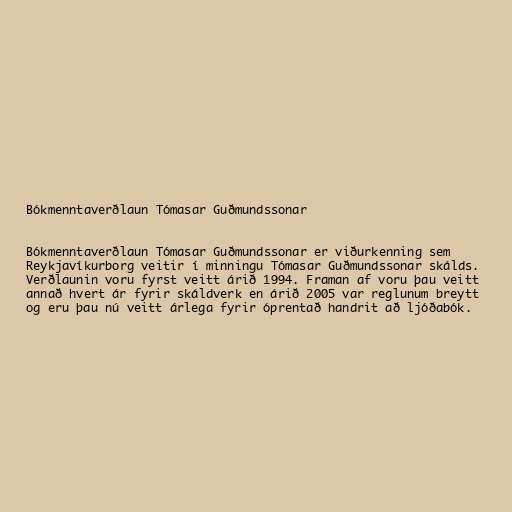
Bókmenntaverðlaun Tómasar Guðmundssonar

Bókmenntaverðlaun Tómasar Guðmundssonar er viðurkenning sem
Reykjavíkurborg veitir í minningu Tómasar Guðmundssonar skálds.
Verðlaunin voru fyrst veitt árið 1994. Framan af voru þau veitt
annað hvert ár fyrir skáldverk en árið 2005 var reglunum breytt
og eru þau nú veitt árlega fyrir óprentað handrit að ljóðabók.